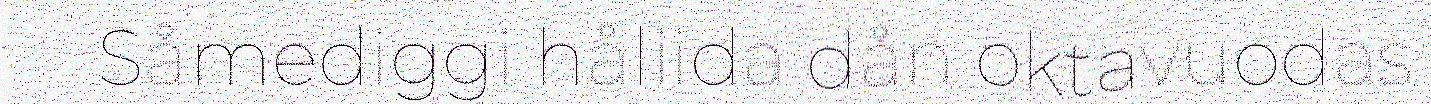
Såmediggi håliida dån oktavuodas